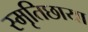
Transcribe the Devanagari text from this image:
स्मृतिछाया